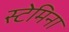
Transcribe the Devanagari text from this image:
स्टेमिना